Report of the Municipal Commissioner on the plague in Bombay for the year ending 31st May... - Volume 2
Disease focus: Plague
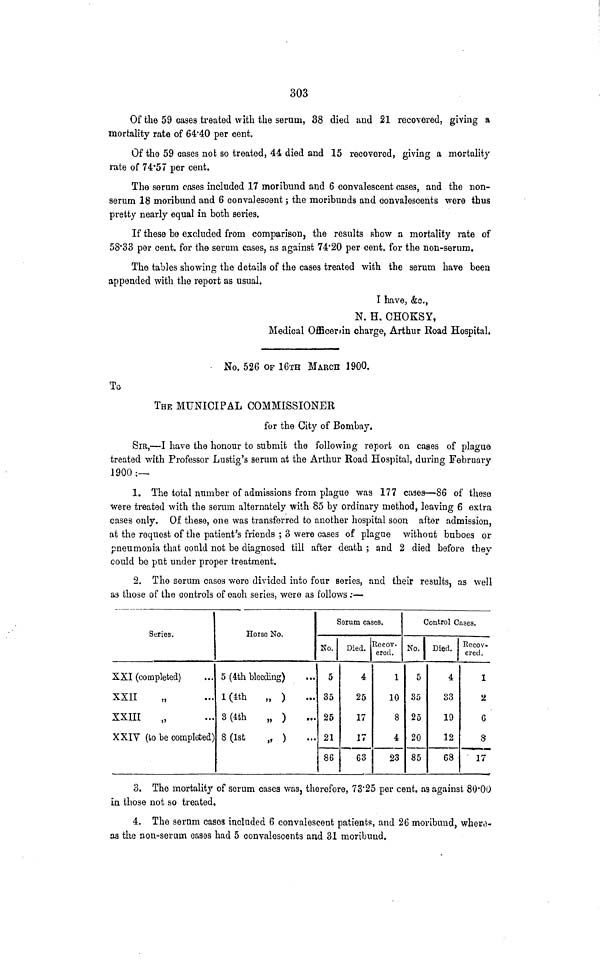
303
Of the 59 cases treated with the serum, 38 died and 21 recovered, giving a
mortality rate of 64'40 per cent.
Of the 59 cases not so treated, 44 died and 15 recovered, giving a mortality
rate of 74*57 per cent.
The serum cases included 17 moribund and 6 convalescent cases, and the non-
serum 18 moribund and 6 convalescent; the moribunds and convalescents were thus
pretty nearly equal in both series.
If these be excluded from comparison, the results show a mortality rate of
58*33 per cent, for the serum cases, as against 74'20 per cent, for the non-serum.
The tables showing the details of the cases treated with the serum have been
appended with the report as usual.
I have, &c.,
N. H. CHOKSY,
Medical Officerun charge, Arthur Road Hospital,
No. 526 OF 16-m MARCH 1900.
To
THE MUNICIPAL COMMISSIONER
for the City of Bombay.
SIR,—I have the honour to submit the following report on cases of plague
treated with Professor Lustig's serum at the Arthur Road Hospital, during February
1900;—
1. The total number of admissions from plague was 177 cages—86 of these
were treated with the serum alternately with 85 by ordinary method, leaving 6 extra
cases only. Of these, one was transferred to another hospital soon after admission,
at the request of the patient's friends ; 3 were cases of plague without bnboes or
pneumonia that could not be diagnosed till after death ; and 2 died before they
could be put under proper treatment.
2. The serum cases were divided into four series, and their results 3 as well
as those of the controls of each series, were as follows:—
XXI (completed)
XXII
„
XXIII
XXIY (bo be completed)
Hofse No
1
5 (4th bleeding)
l(4th
„ )
...
3(4fch
„ )
...
8 (1st
„ )
...
Serum cases.
No.
5
35
25
21
86
Died.
4
25
17
17
63
Recov-
ered.
1
10
8
4
23
Control Cases.
No. 1 Died.
5
35
25
20
85
4
33
19
12
68
Recov-
ered.
1
2
6
8
' 17
3. The mortality of serum cases was, therefore, 73'25 per cent, as against 80*00
in those not so treated.
4. The serum cases included 6 convalescent patients, and 26 moribund, whei'fl-
as the non-serum cases had 5 convalescents and 31 moribund.